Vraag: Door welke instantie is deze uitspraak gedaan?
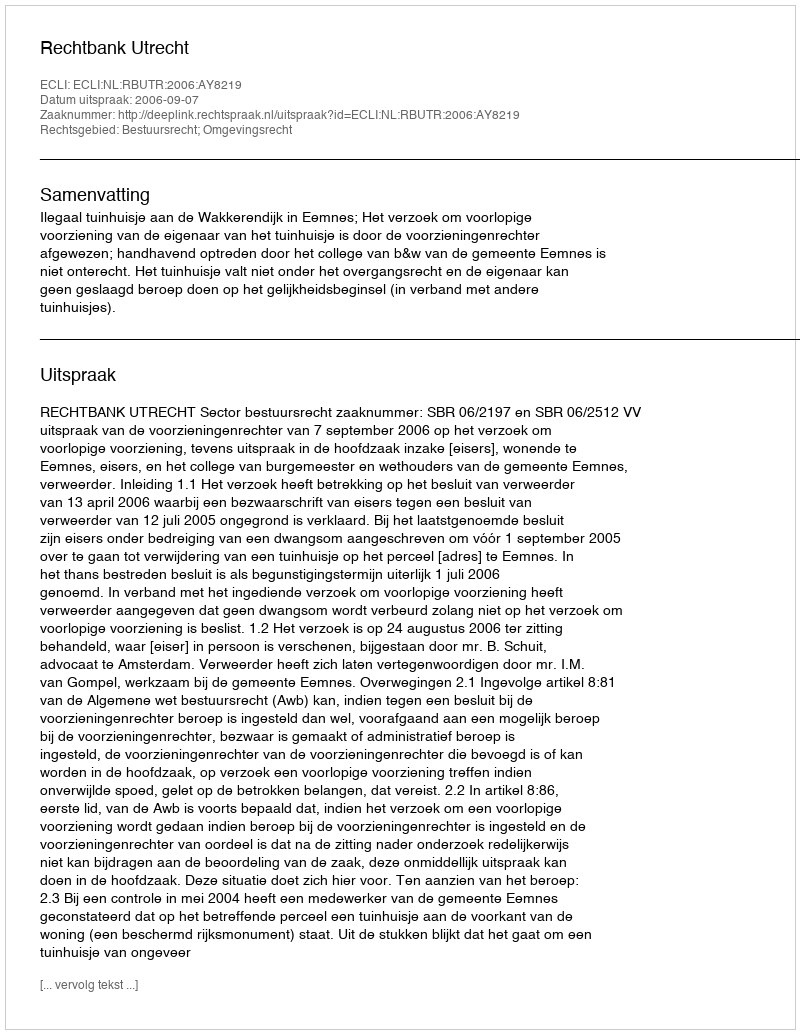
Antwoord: Rechtbank Utrecht